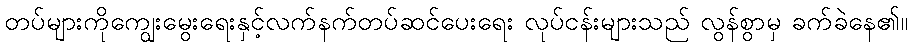
တပ်များကိုကျွေးမွေးရေးနှင့်လက်နက်တပ်ဆင်ပေးရေး လုပ်ငန်းများသည် လွန်စွာမှ ခက်ခဲနေ၏။